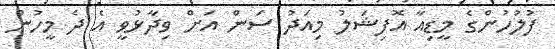
ފުލުހުންގެ މީޑިއާ އޮފިޝަލު މިއަދު ސަން އަށް ވިދާޅުވީ އެ ދެ މީހުން